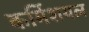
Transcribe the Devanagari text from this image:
कर्मिशयल